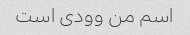
اسم من وودی است